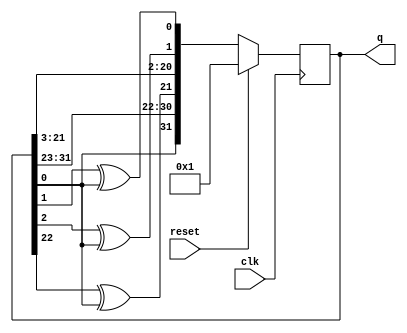
module top_module (
    input clk,
    input reset,
    output reg [31:0] q
);

always @(posedge clk)
    if (reset) q <= 1;
    else q <= {q[0], q[31:23], q[22] ^ q[0], q[21:3], q[2] ^ q[0], q[1] ^ q[0]};

endmodule